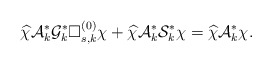
\begin{align*}\widehat\chi\mathcal{A}^*_k\mathcal{G}^*_k\Box^{(0)}_{s,k}\chi+\widehat\chi\mathcal{A}^*_k\mathcal{S}^*_k\chi=\widehat\chi\mathcal{A}^*_k\chi.\end{align*}